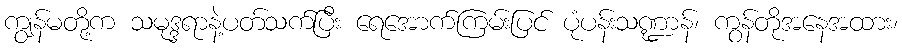
ကျွန်မတို့က သမုဒ္ဒရာနဲ့ပတ်သက်ပြီး ရေအောက်ကြမ်းပြင် ပုံပန်းသဏ္ဍာန်၊ ကွန်တိုအနေအထား၊